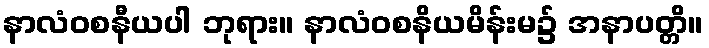
နာလံဝစနီယပါ ဘုရား။ နာလံဝစနိယမိန်းမ၌ အနာပတ္တိ။